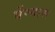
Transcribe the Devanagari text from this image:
घेंण्यास